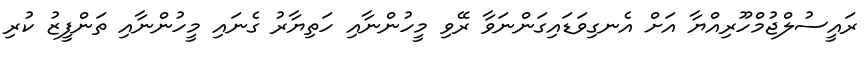
ރައީސުލްޖުމްހޫރިއްޔާ އަށް އެނގިވަޑައިގަންނަވާ ރޭވި މީހުންނާއި ހަތިޔާރު ގެނައި މީހުންނާއި ތަންފީޒު ކުރި